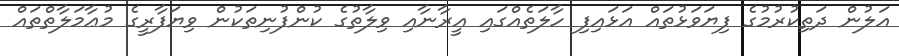
އަލުން ދަތިކުރުމުގެ ފިޔަވަޅުތައް އަޅައިފި ހާލަތެއްގައި އީރާނާއި ވިލާތުގެ ކުންފުނިތަކުން ވިޔަފާރީގެ މުޢާމަލާތްތައް